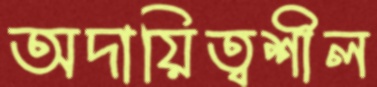
অদায়িত্বশীল